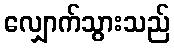
လျှောက်သွားသည်